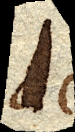
dc.